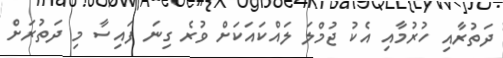
ދަތުރާއި ހުރުމާއި އެކު ޖުމްލަ ލައްކައަކަށް ވުރެ ގިނަ ފައިސާ މި ދަތުރަށް